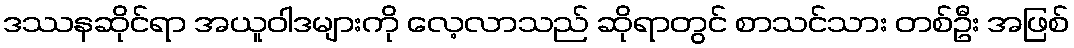
ဒဿနဆိုင်ရာ အယူဝါဒများကို လေ့လာသည် ဆိုရာတွင် စာသင်သား တစ်ဦး အဖြစ်